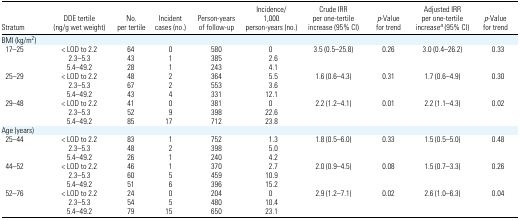
<table><thead><tr><td><b>Stratum</b></td><td><b>DDE tertile (ng/g wet weight)</b></td><td><b>No. per tertile</b></td><td><b>Incident cases (no.)</b></td><td><b>Person-years of follow-up</b></td><td><b>Incidence/1,000 person-years (no.)</b></td><td><b>Crude IRR per one-tertile increase (95% CI)</b></td><td><b><i>p</i>-Value for trend</b></td><td><b>Adjusted IRR per one-tertile increasea (95% CI)</b></td><td><b><i>p</i>-Value for trend</b></td></tr></thead><tbody><tr><td colspan="10">BMI (kg/m<sup>2</sup>)</td></tr><tr><td> 17–25</td><td>&lt; LOD to 2.2</td><td>64</td><td>0</td><td>580</td><td>0</td><td>3.5 (0.5–25.8)</td><td>0.26</td><td>3.0 (0.4–26.2)</td><td>0.33</td></tr><tr><td></td><td>2.3–5.3</td><td>43</td><td>1</td><td>385</td><td>2.6</td><td></td><td></td><td></td><td></td></tr><tr><td></td><td>5.4–49.2</td><td>28</td><td>1</td><td>243</td><td>4.1</td><td></td><td></td><td></td><td></td></tr><tr><td> 25–29</td><td>&lt; LOD to 2.2</td><td>48</td><td>2</td><td>364</td><td>5.5</td><td>1.6 (0.6–4.3)</td><td>0.31</td><td>1.7 (0.6–4.9)</td><td>0.30</td></tr><tr><td></td><td>2.3–5.3</td><td>67</td><td>2</td><td>553</td><td>3.6</td><td></td><td></td><td></td><td></td></tr><tr><td></td><td>5.4–49.2</td><td>43</td><td>4</td><td>331</td><td>12.1</td><td></td><td></td><td></td><td></td></tr><tr><td> 29–48</td><td>&lt; LOD to 2.2</td><td>41</td><td>0</td><td>381</td><td>0</td><td>2.2 (1.2–4.1)</td><td>0.01</td><td>2.2 (1.1–4.3)</td><td>0.02</td></tr><tr><td></td><td>2.3–5.3</td><td>52</td><td>9</td><td>398</td><td>22.6</td><td></td><td></td><td></td><td></td></tr><tr><td></td><td>5.4–49.2</td><td>85</td><td>17</td><td>712</td><td>23.8</td><td></td><td></td><td></td><td></td></tr><tr><td colspan="10">Age (years)</td></tr><tr><td> 25–44</td><td>&lt; LOD to 2.2</td><td>83</td><td>1</td><td>752</td><td>1.3</td><td>1.8 (0.5–6.0)</td><td>0.33</td><td>1.5 (0.5–5.0)</td><td>0.48</td></tr><tr><td></td><td>2.3–5.3</td><td>48</td><td>2</td><td>398</td><td>5.0</td><td></td><td></td><td></td><td></td></tr><tr><td></td><td>5.4–49.2</td><td>26</td><td>1</td><td>240</td><td>4.2</td><td></td><td></td><td></td><td></td></tr><tr><td> 44–52</td><td>&lt; LOD to 2.2</td><td>46</td><td>1</td><td>370</td><td>2.7</td><td>2.0 (0.9–4.5)</td><td>0.08</td><td>1.5 (0.7–3.3)</td><td>0.26</td></tr><tr><td></td><td>2.3–5.3</td><td>60</td><td>5</td><td>459</td><td>10.9</td><td></td><td></td><td></td><td></td></tr><tr><td></td><td>5.4–49.2</td><td>51</td><td>6</td><td>396</td><td>15.2</td><td></td><td></td><td></td><td></td></tr><tr><td> 52–76</td><td>&lt; LOD to 2.2</td><td>24</td><td>0</td><td>204</td><td>0</td><td>2.9 (1.2–7.1)</td><td>0.02</td><td>2.6 (1.0–6.3)</td><td>0.04</td></tr><tr><td></td><td>2.3–5.3</td><td>54</td><td>5</td><td>480</td><td>10.4</td><td></td><td></td><td></td><td></td></tr><tr><td></td><td>5.4–49.2</td><td>79</td><td>15</td><td>650</td><td>23.1</td><td></td><td></td><td></td><td></td></tr></tbody></table>